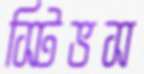
স্টিভস